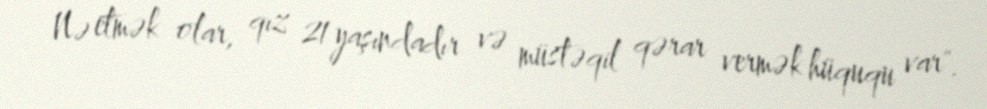
Nə etmək olar, qız 21 yaşındadır və müstəqil qərar vermək hüququ var".